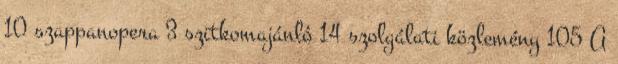
10 szappanopera 3 szitkomajánló 14 szolgálati közlemény 105 A